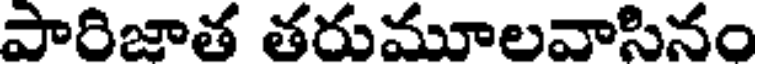
పారిజాత తదుమూలవాసినం